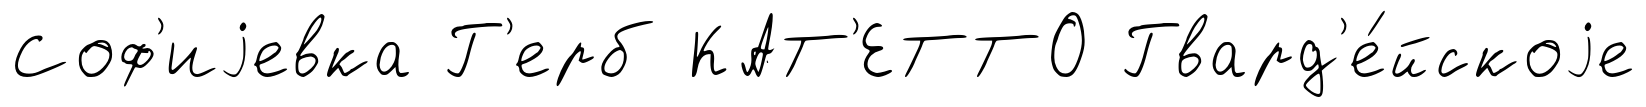
Соф'иjевка Г'ерб КАТ'ЕТТО Гвард'е́йскоjе